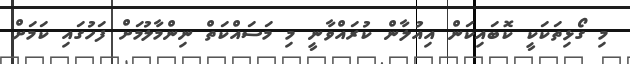
މި ގޯޅިތަކަކީ ކޮބައިކަން އިއުލާން ކުރައްވާނީ މި މަސައްކަތް ނިންމާލުމަށް ފަހުގައި ކަމަށް